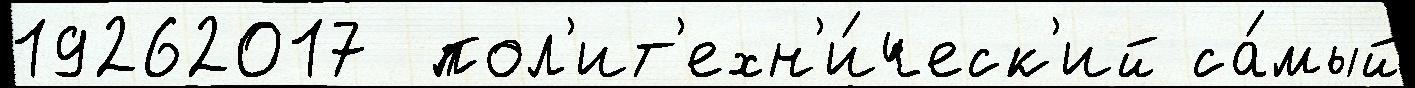
19262017  пол'ит'ехн'и́ческ'ий са́мый